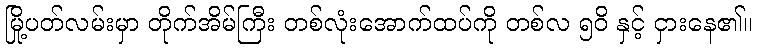
မြို့ပတ်လမ်းမှာ တိုက်အိမ်ကြီး တစ်လုံးအောက်ထပ်ကို တစ်လ ၅၀ိ နှင့် ငှားနေ၏။